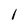
Character: l